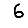
Digit: 6